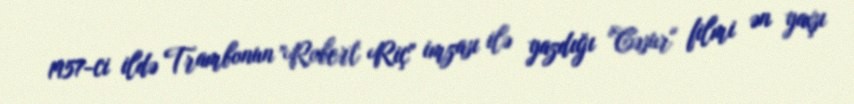
1957-ci ildə Trambonun "Robert Riç" imzası ilə yazdığı "Cəsur" filmi ən yaxşı